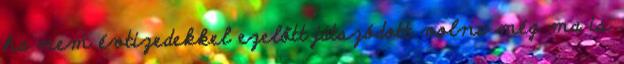
ha nem évtizedekkel ezelőtt játszódott volna még ma is